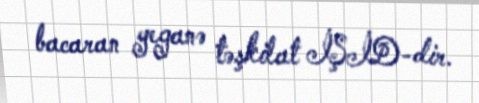
bacaran yeganə təşkilat İŞİD-dir.